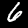
Digit: 6